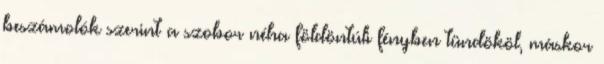
beszámolók szerint a szobor néha földöntúli fényben tündököl, máskor